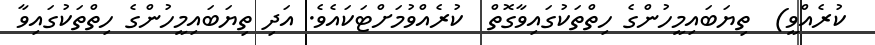
ކުރެއްވީ)  ތިޔަބައިމީހުންގެ ހިތްތަކުގައިވާގޮތް  ކުރެއްވުމަށްޓަކައެވެ. އަދި ތިޔަބައިމީހުންގެ ހިތްތަކުގައިވާ